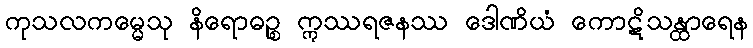
ကုသလကမ္မေသု နိရောဓဉ္စ ဣဿရဇနဿ ဒေါဏိယံ ကောဋိသန္ထာရေန